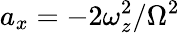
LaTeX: a_{x}=-2\omega_{z}^{2}/\Omega^{2}